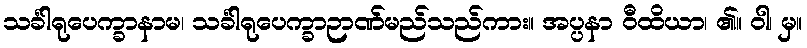
သင်္ခါရုပေက္ခာနာမ၊ သင်္ခါရုပေက္ခာဉာဏ်မည်သည်ကား။ အပ္ပနာ ဝီထိယာ၊ ၏။ ဝါ၊ မှ။